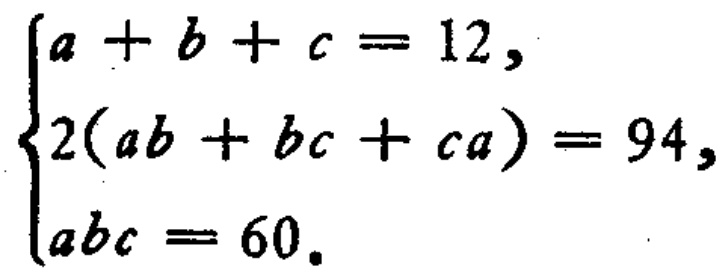
\(\begin{cases}
a + b + c = 12,\\
2(ab + bc + ca) = 94,\\
abc = 60.
\end{cases}\)